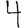
Digit: 4